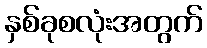
နှစ်ခုစလုံးအတွက်